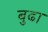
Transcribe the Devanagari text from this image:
बुढा